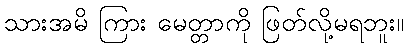
သားအမိ ကြား မေတ္တာကို ဖြတ်လို့မရဘူး။